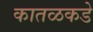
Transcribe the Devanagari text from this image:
कातळकडे